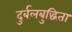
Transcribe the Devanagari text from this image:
दुर्बलबुद्धिता